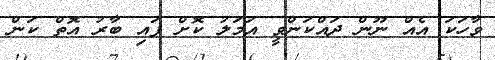
ވާހަކަ އެއް ނޫން ދައްކަންވީ އަމަލު ކޮށް ފައި ބާރު އޮތް ކަން